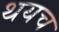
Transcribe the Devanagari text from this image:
थयच